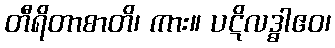
တီရိတာစာတိ၊ ကား။ ပဋိလဒ္ဓါဧဝ၊